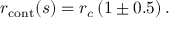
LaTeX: r _ { \mathrm { c o n t } } ( s ) = r _ { c } \, ( 1 \pm 0 . 5 ) \, .